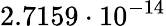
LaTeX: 2.7159\cdot 10^{-14}